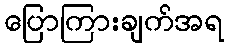
ပြောကြားချက်အရ